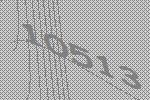
10513